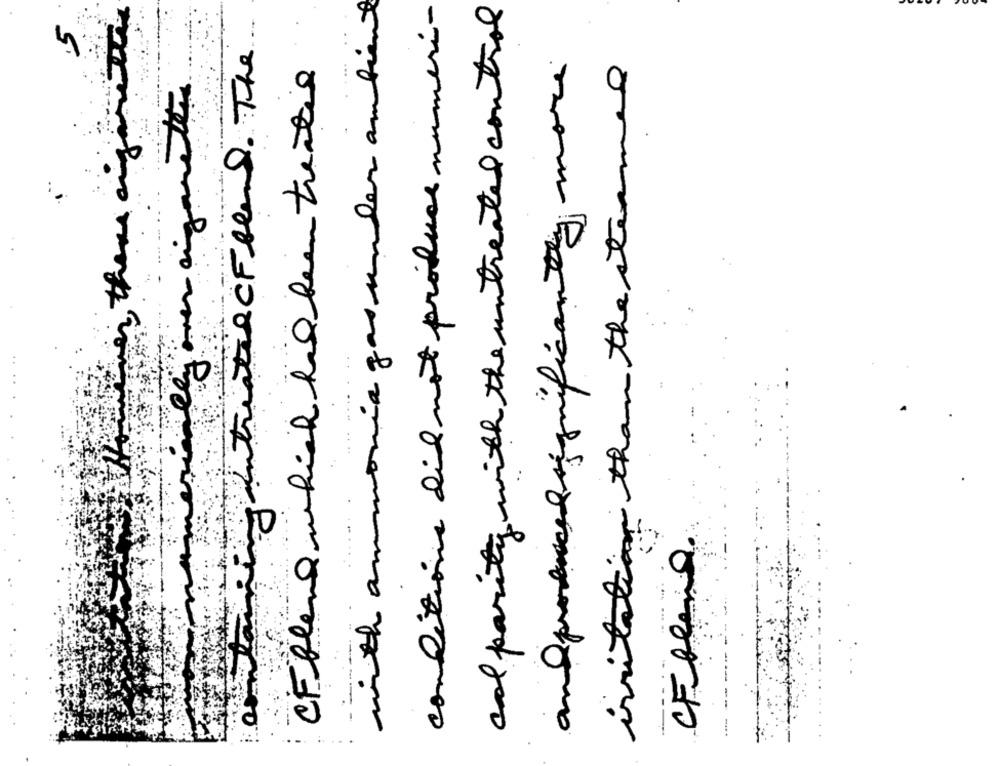
with ammonia gas under ambient
and parity with the untreated control
over there any other
conditions did not produce numeri-
.5
containing intrestil CF blend . The
and produced significantly more
irritation than the steamed
CF blend which had been treating
10